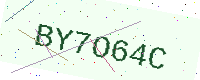
Text: BY7O64C